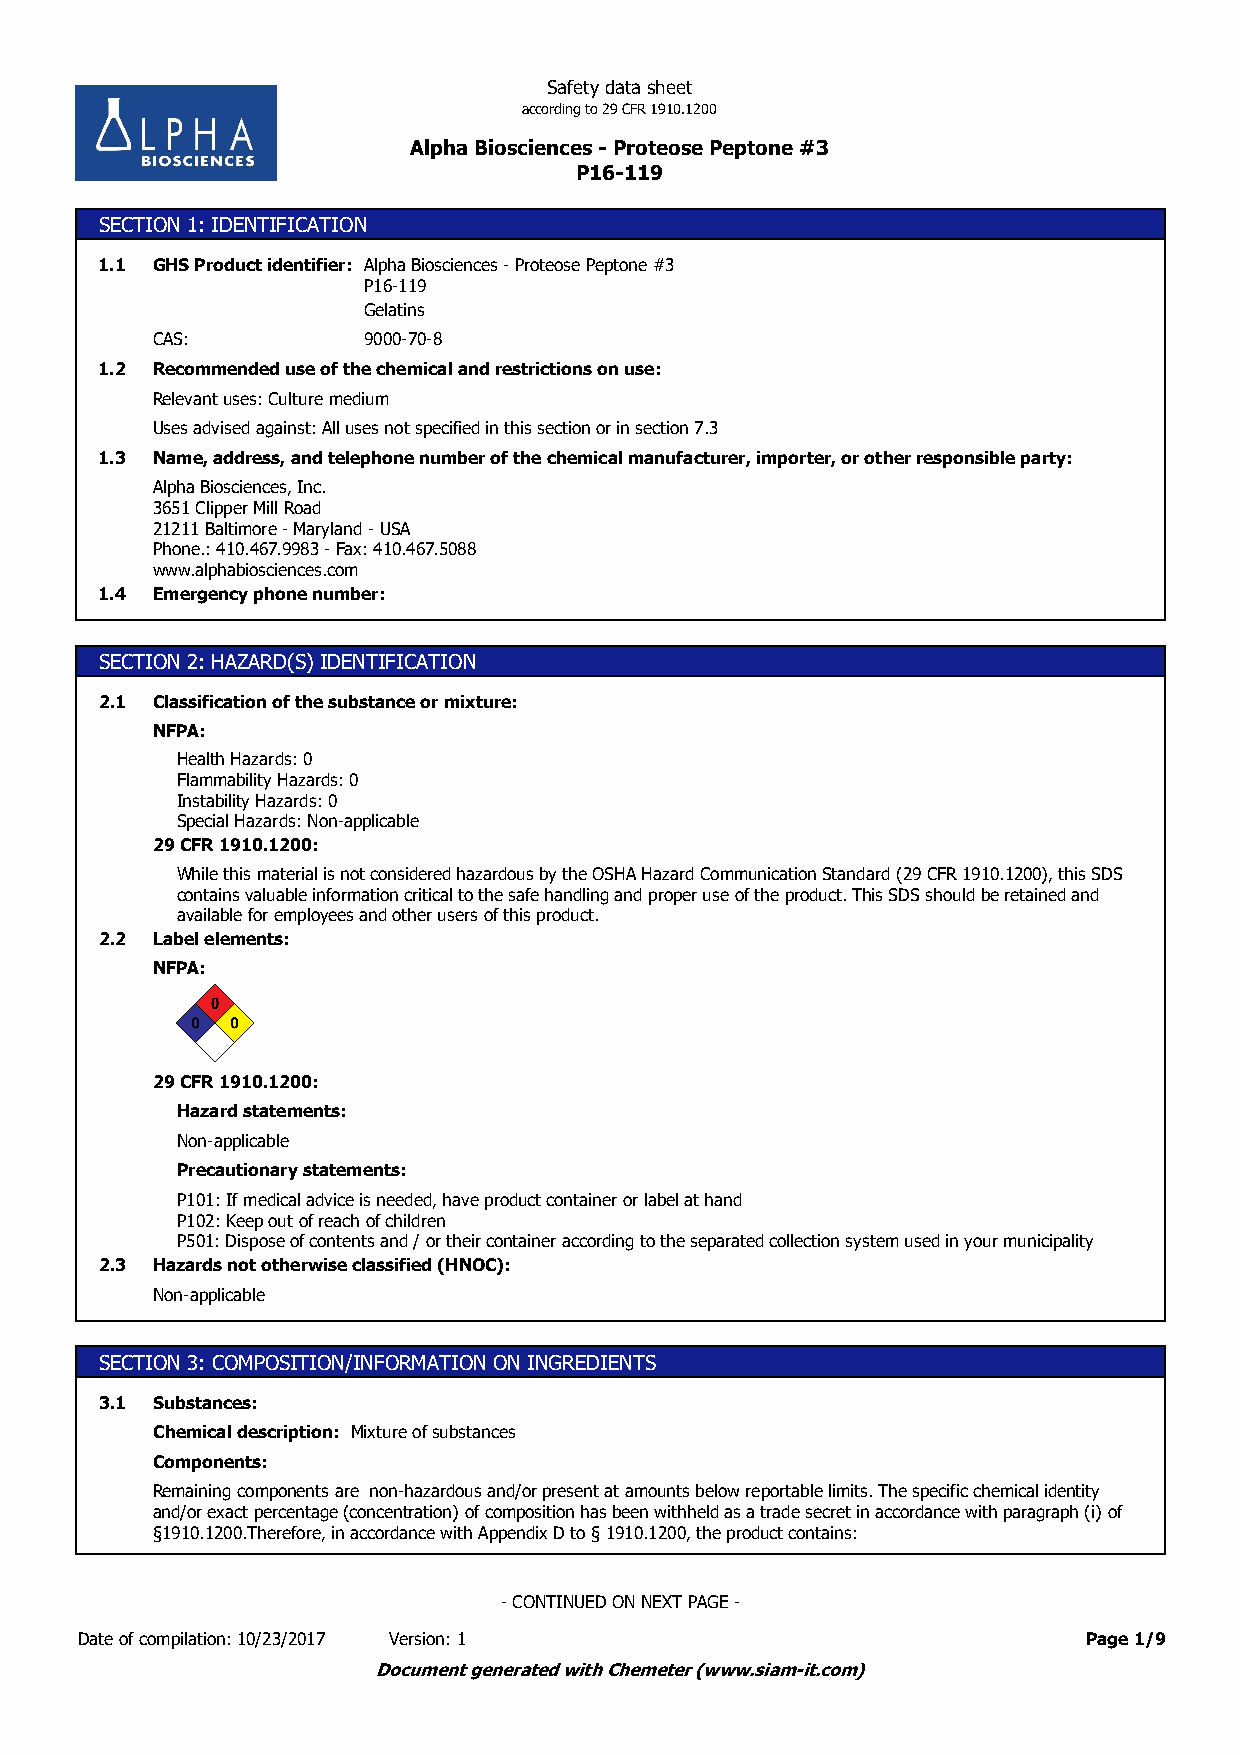
Safety data sheet
 according to 29 CFR 1910.1200
 Alpha Biosciences - Proteose Peptone #3
 P16-119
 SECTION 1: IDENTIFICATION
 1.1 GHS Product identifier: Alpha Biosciences - Proteose Peptone #3
 P16-119
 Gelatins
 CAS:          9000-70-8
 1.2 Recommended use of the chemical and restrictions on use:
 Relevant uses: Culture medium
 Uses advised against: All uses not specified in this section or in section 7.3
 1.3 Name, address, and telephone number of the chemical manufacturer, importer, or other responsible party:
 Alpha Biosciences, Inc.
 3651 Clipper Mill Road
 21211 Baltimore - Maryland - USA
 Phone.: 410.467.9983 - Fax: 410.467.5088
 www.alphabiosciences.com
 1.4 Emergency phone number:
 SECTION 2: HAZARD(S) IDENTIFICATION
 2.1 Classification of the substance or mixture:
 NFPA:
 Health Hazards: 0
 Flammability Hazards: 0
 Instability Hazards: 0
 Special Hazards: Non-applicable
 29 CFR 1910.1200:
 While this material is not considered hazardous by the OSHA Hazard Communication Standard (29 CFR 1910.1200), this SDS
 contains valuable information critical to the safe handling and proper use of the product. This SDS should be retained and
 available for employees and other users of this product.
 2.2 Label elements:
 NFPA:
 29 CFR 1910.1200:
 Hazard statements:
 Non-applicable
 Precautionary statements:
 P101: If medical advice is needed, have product container or label at hand
 P102: Keep out of reach of children
 P501: Dispose of contents and / or their container according to the separated collection system used in your municipality
 2.3 Hazards not otherwise classified (HNOC):
 Non-applicable
 SECTION 3: COMPOSITION/INFORMATION ON INGREDIENTS
 3.1 Substances:
 Chemical description: Mixture of substances
 Components:
 Remaining components are non-hazardous and/or present at amounts below reportable limits. The specific chemical identity
 and/or exact percentage (concentration) of composition has been withheld as a trade secret in accordance with paragraph (i) of
 §1910.1200.Therefore, in accordance with Appendix D to § 1910.1200, the product contains:
 - CONTINUED ON NEXT PAGE -
 Date of compilation: 10/23/2017 Version: 1                         Page 1/9
 Document generated with Chemeter (www.siam-it.com)